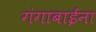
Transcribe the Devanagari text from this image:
गंगाबाईंना